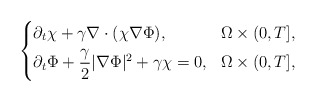
\begin{align*} \left\{\begin{aligned} & \partial_t\chi+\gamma\nabla\cdot(\chi\nabla\Phi), & \Omega\times(0,T], \\ & \partial_t\Phi+\frac{\gamma}{2}\lvert\nabla\Phi\rvert^2+\gamma\chi=0, & \Omega\times(0,T], \end{aligned}\right.\end{align*}